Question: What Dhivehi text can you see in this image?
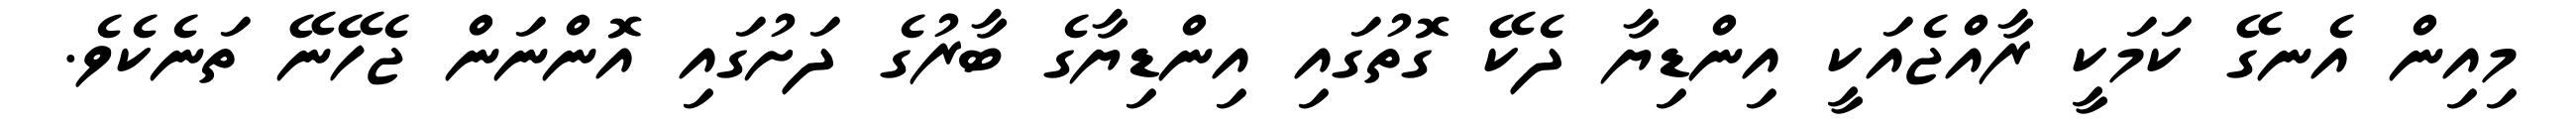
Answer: މިއިން އެނގޭ ކަމަކީ ރާއްޖެއަކީ އިންޑިޔާ ދެކޭ ގޮތުގައި އިންޑިޔާގެ ބާރުގެ ދަށުގައި އޮންނަން ޖެހޭނޭ ތަނެކެވެ.